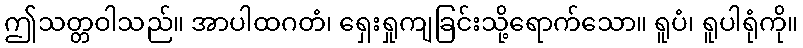
ဤသတ္တဝါသည်။ အာပါထဂတံ၊ ရှေးရှုကျခြင်းသို့ရောက်သော။ ရူပံ၊ ရူပါရုံကို။